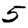
Digit: 5